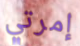
إمرتي